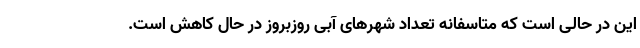
این در حالی است که متاسفانه تعداد شهرهای آبی روزبروز در حال کاهش است.